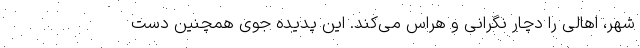
شهر، اهالی را دچار نگرانی و هراس می‌کند. این پدیده جوی همچنین دست